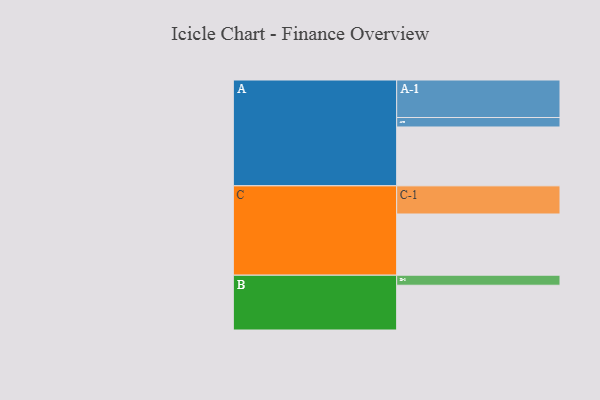
{"axis": {"x": "Segment", "y": "Value"}, "legend": ["", "A", "B", "C"], "data": [{"x": "A", "y": 422, "type": ""}, {"x": "B", "y": 321, "type": ""}, {"x": "C", "y": 439, "type": ""}, {"x": "A-1", "y": 269, "type": "A"}, {"x": "A-2", "y": 68, "type": "A"}, {"x": "B-1", "y": 72, "type": "B"}, {"x": "C-1", "y": 202, "type": "C"}]}